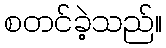
စတင်ခဲ့သည်။